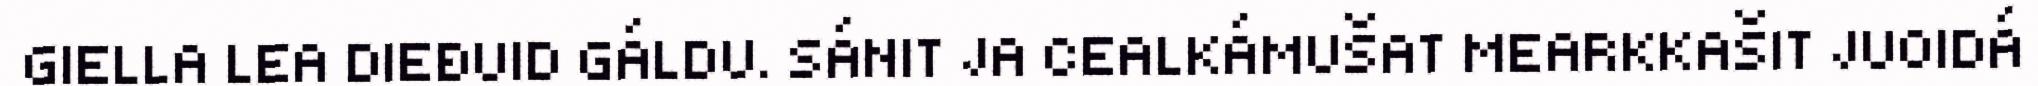
GIELLA LEA DIEĐUID GÁLDU. SÁNIT JA CEALKÁMUŠAT MEARKKAŠIT JUOIDÁ